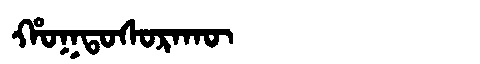
Manchu: ᡥᠣᡴᡨᠣᠰᠣᡵᠠᡴᡡ
Romanization: HOKTOSORAKŪ